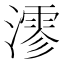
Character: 𤀍